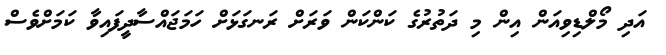
އަދި މޯލްޑިވިއަން އިން މި ދަތުރުގެ ކަންކަން ވަރަށް ރަނގަޅަށް ހަމަޖައްސާދީފައިވާ ކަމަށްވެސް